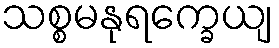
သစ္စမနုရက္ခေယျ